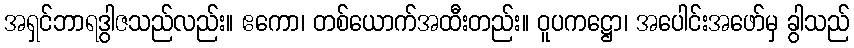
အရှင်ဘာရဒွါဇသည်လည်း။ ဧကော၊ တစ်ယောက်အထီးတည်း။ ဝူပကဋ္ဌော၊ အပေါင်းအဖော်မှ ခွါသည်